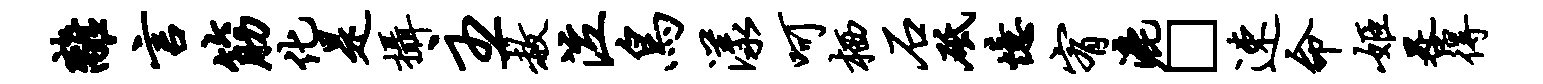
离言筋化是摄主赦泣鸟漾呵栖石砥忆宥漉□速命姬晷得